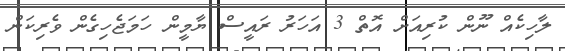
ލާހިކެއް ނޫން ކުރިއަށް އޮތް 3 އަހަރު ރައީސް ޔާމީން ހަމަޖެހިގެން ވެރިކަން